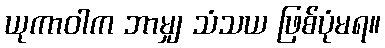
ယုကာဝါက ဘာမျှ သံသယ ဖြစ်ပုံမရ။